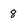
Character: 8